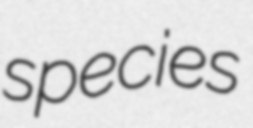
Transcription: species